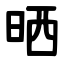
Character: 晒